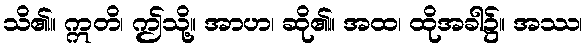
သိ၏။ ဣတိ၊ ဤသို့။ အာဟ၊ ဆို၏။ အထ၊ ထိုအခါ၌။ အဿ၊